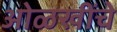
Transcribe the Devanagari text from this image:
ओळखींचे